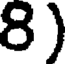
8 )